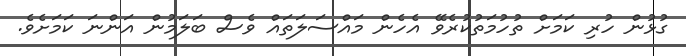
ގުޅުން ހުރި ކަމަށް ތުހުމަތުކުރެވޭ އެހެން މައްސަލަތައް ވެސް ބަލަމުން އަންނަ ކަމަށެވެ.